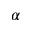
\alpha